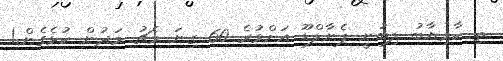
ތި ކާމިޔާބު ލިބުނީ ޕެނާލްޑޫ އަށްވުރެ 60 ގިނަ މެޗު މަދުން ކުޅެގެން.!